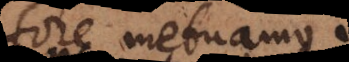
fore metuamus.